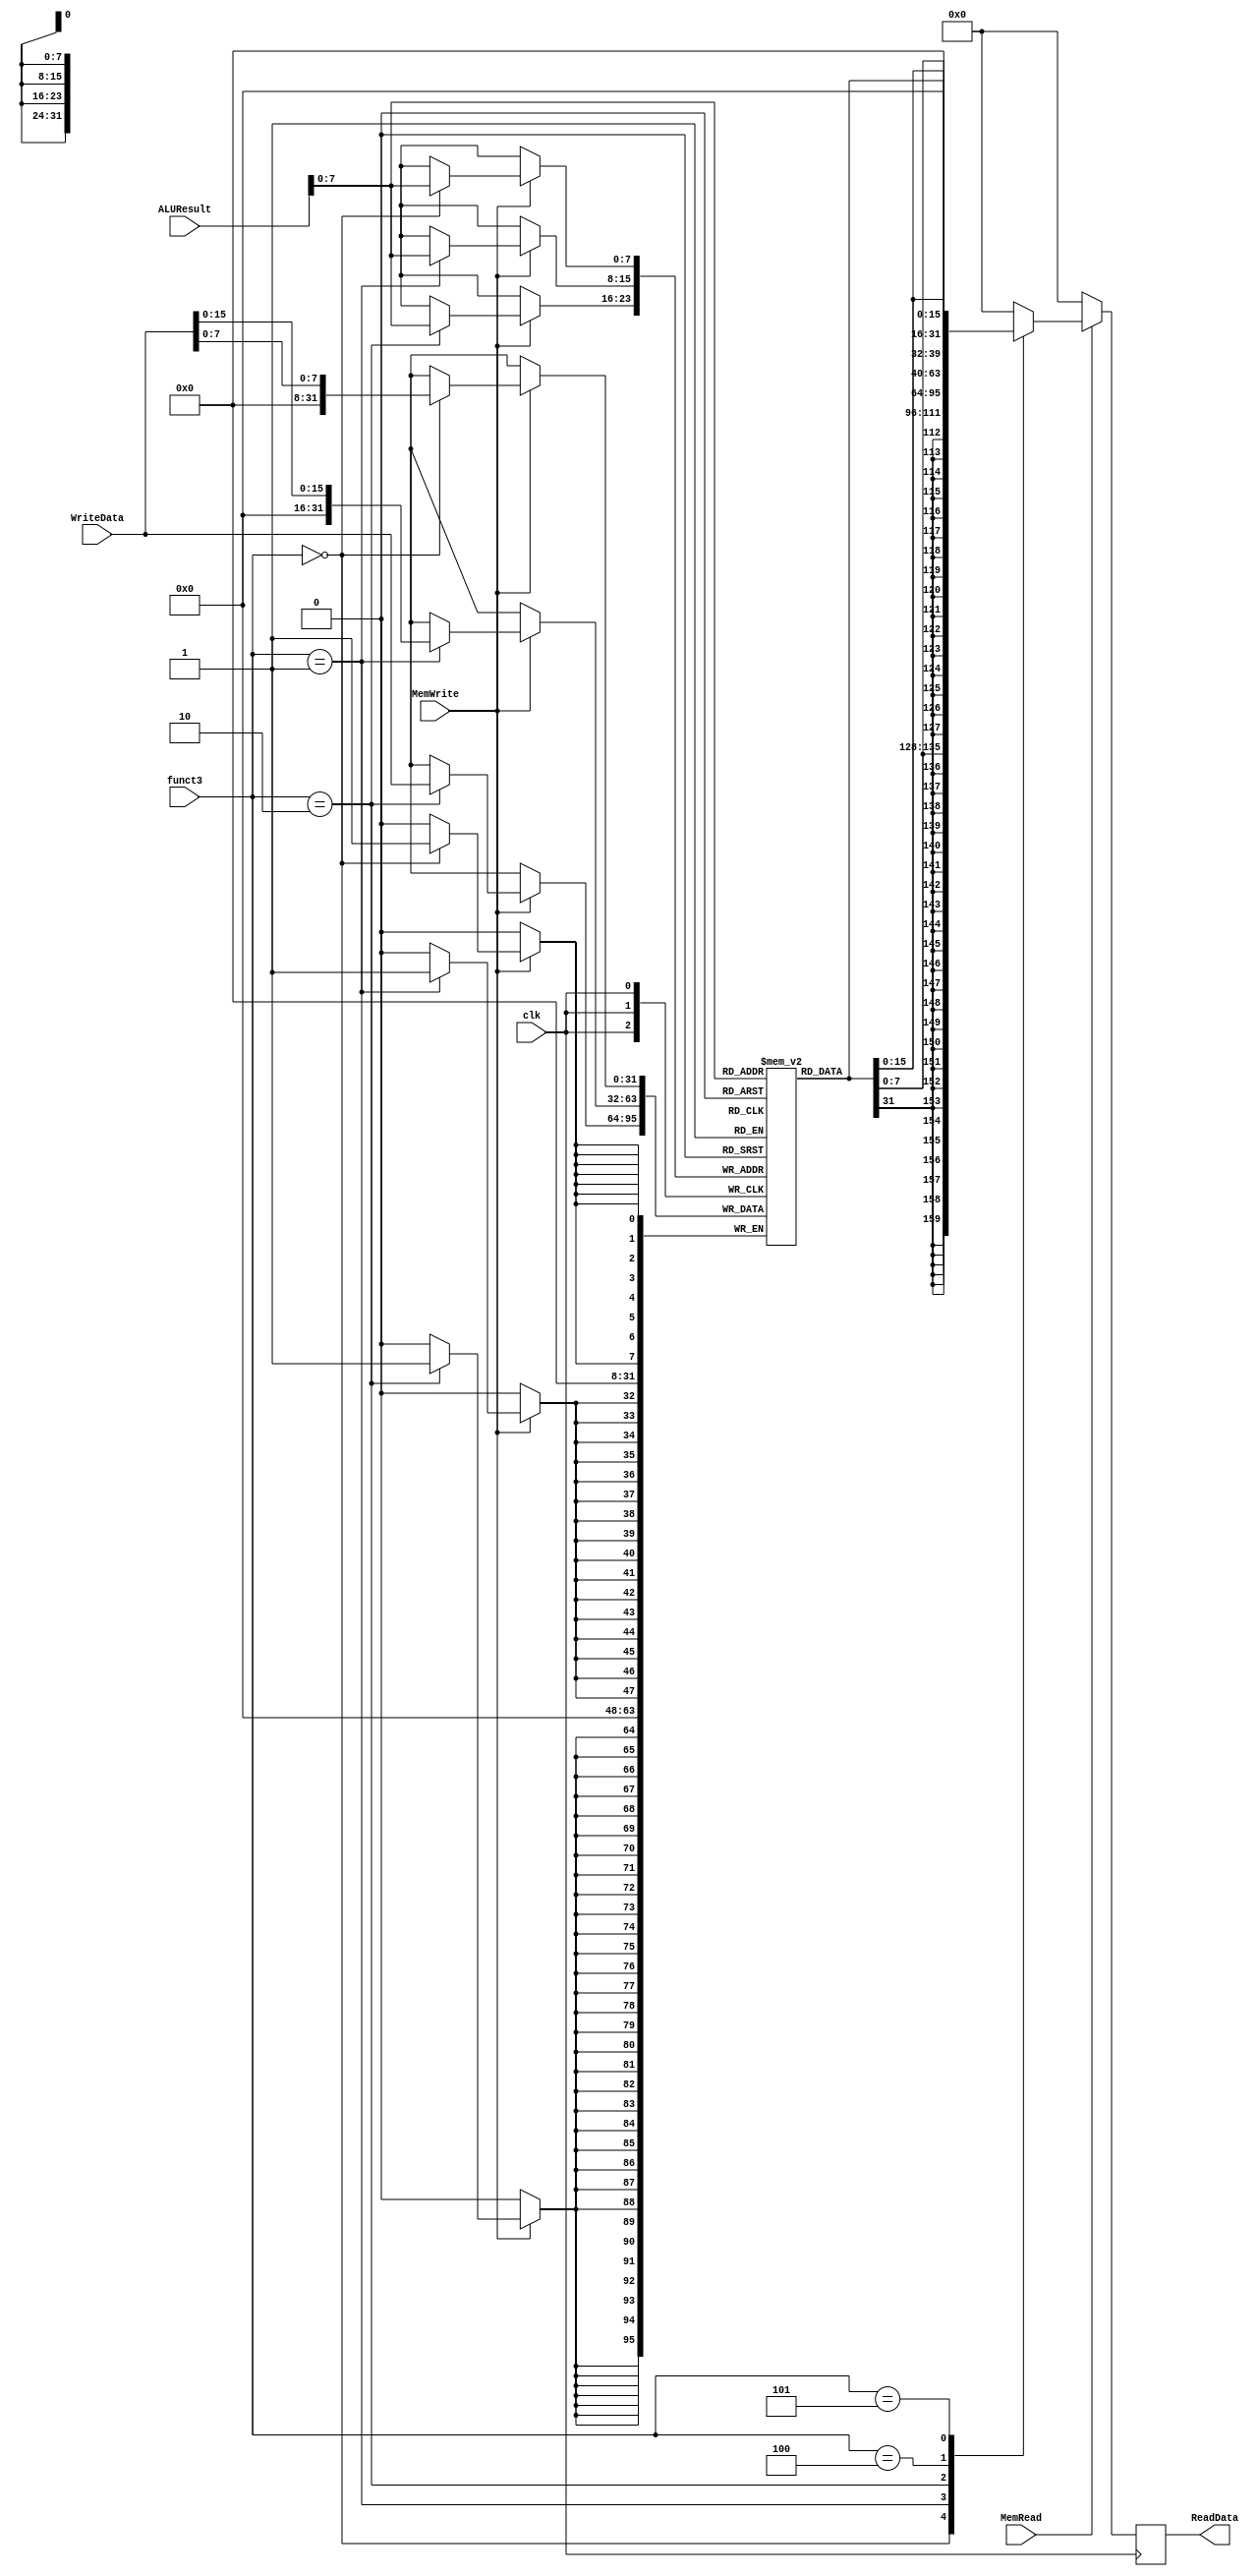
module DataMemory(
    input wire clk,
    input wire MemRead,
    input wire MemWrite,
    input wire [2:0] funct3,
    input wire [31:0] ALUResult,
    input wire [31:0] WriteData,
    output reg [31:0] ReadData
);

reg [31:0] memory [0:255];

always @ (posedge clk) begin
// Default value for ReadData, ensures it is always assigned
    ReadData <= 32'd0; // if MemRead is false
    if (MemRead) begin
        case (funct3)
            3'b000: ReadData <= {{24{memory[ALUResult][31]}}, memory[ALUResult][7:0]}; // LB
            3'b001: ReadData <= {{16{memory[ALUResult][31]}}, memory[ALUResult][15:0]}; // LH
            3'b010: ReadData <= memory[ALUResult]; // LW
            3'b100: ReadData <= {{24{1'b0}}, memory[ALUResult][7:0]}; // LBU
            3'b101: ReadData <= {{16{1'b0}}, memory[ALUResult][15:0]}; // LHU
            default: ReadData <= 32'd0; // Default value assignment to handle cases when MemRead is false
        endcase
    end
end

always @ (posedge clk) begin
    if (MemWrite) begin
        case (funct3)
            3'b000: memory[ALUResult][7:0] <= WriteData[7:0]; // SB
            3'b001: memory[ALUResult][15:0] <= WriteData[15:0]; // SH
            3'b010: memory[ALUResult] <= WriteData; // SW
            default: ; // No operation (NOP) for other funct3 values, explicitly defined
        endcase
    end
    else if (!MemWrite) ; // If MemWrite is false, no changes are made to memory - it retains its previous state
end

endmodule